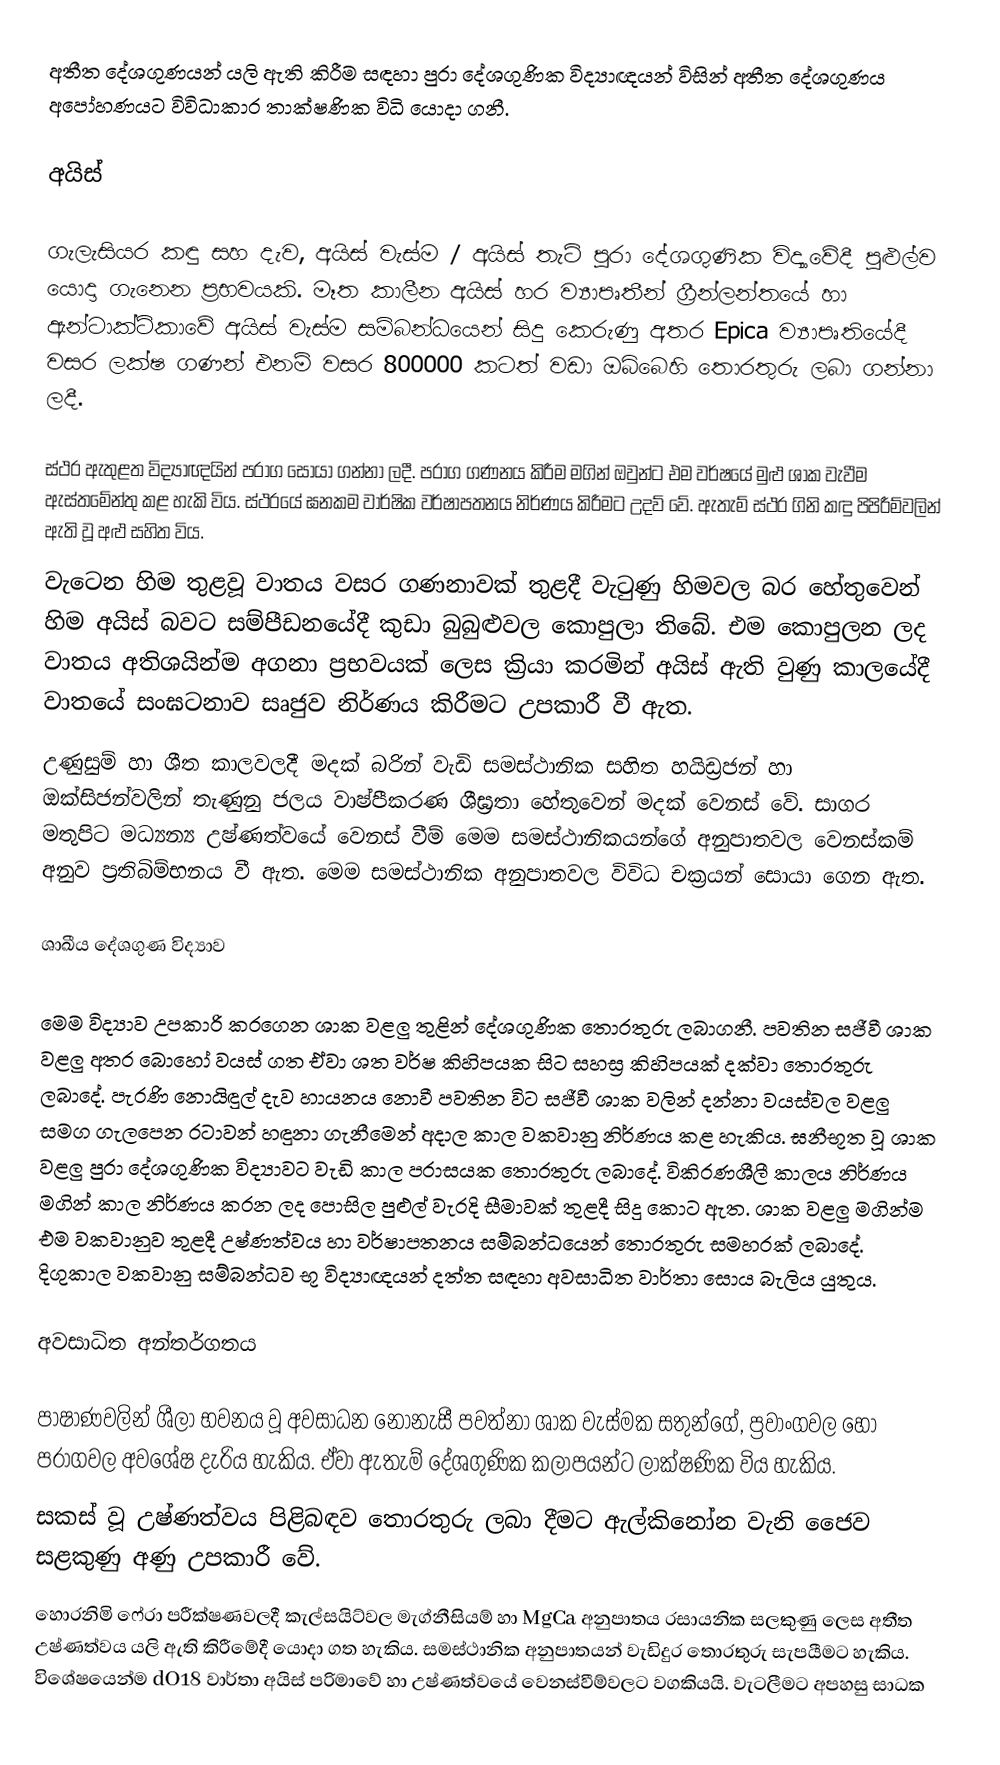
අතීත දේශගුණයන් යලි ඇති කිරීම සඳහා පුරා දේශගුණික විද්‍යාඥයන් විසින් අතීත දේශගුණය අපෝහණයට විවිධාකාර තාක්ෂණික විධි යොදා ගනී.

අයිස්

ගැලැසියර කඳු සහ දැව, අයිස් වැස්ම / අයිස් තැටි පුරා දේශගුණික විද්‍යාවේදී පුළුල්ව යොදා ගැනෙන ප්‍රභවයකි. මෑත කාලීන අයිස් හර ව්‍යාපෘතීන් ග්‍රීන්ලන්තයේ හා ඇන්ටාක්ටිකාවේ අයිස් වැස්ම සම්බන්ධයෙන් සිදු කෙරුණු අතර Epica ව්‍යාපෘතියේදී වසර ලක්ෂ ගණන් එනම් වසර 800000 කටත් වඩා ඔබ්බෙහි තොරතුරු ලබා ගන්නා ලදී.

ස්ථර ඇතුළත විද්‍යාඥයින් පරාග සොයා ගන්නා ලදී. පරාග ගණනය කිරීම මගින් ඔවුන්ට එම වර්ෂයේ මුළු ශාක වැවීම ඇස්තමේන්තු කළ හැකි විය. ස්ථරයේ ඝනකම වාර්ෂික වර්ෂාපතනය නිර්ණය කිරීමට උදව් වේ. ඇතැම් ස්ථර ගිනි කඳු පිපිරීම්වලින් ඇති වූ අළු සහිත විය.
 වැටෙන හිම තුළවූ වාතය වසර ගණනාවක් තුළදී වැටුණු හිමවල බර හේතුවෙන් හිම අයිස් බවට සම්පීඩනයේදී කුඩා බුබුළුවල කොපුලා තිබේ. එම කොපුලන ලද වාතය අතිශයින්ම අගනා ප්‍රභවයක් ලෙස ක්‍රියා කරමින් අයිස් ඇති වුණු කාලයේදී වාතයේ සංඝටනාව සෘජුව නිර්ණය කිරීමට උපකාරී වී ඇත.
 උණුසුම් හා ශීත කාලවලදී මදක් බරින් වැඩි සමස්ථානික සහිත හයිඩ්‍රජන් හා ඔක්සිජන්වලින් තැණුනු ජලය වාෂ්පීකරණ ශීඝ්‍රතා හේතුවෙන් මදක් වෙනස් වේ. සාගර මතුපිට මධ්‍යන්‍ය උෂ්ණත්වයේ වෙනස් වීම් මෙම සමස්ථානිකයන්ගේ අනුපාතවල වෙනස්කම් අනුව ප්‍රතිබිම්භනය වී ඇත. මෙම සමස්ථානික අනුපාතවල විවිධ චක්‍රයන් සොයා ගෙන ඇත.

ශාඛීය දේශගුණ විද්‍යාව

මෙම විද්‍යාව උපකාරි කරගෙන ශාක වළලු තුළින් දේශගුණික තොරතුරු ලබාගනී. පවතින සජීවී ශාක වළලු අතර බොහෝ වයස් ගත ඒවා ශත වර්ෂ කිහිපයක සිට සහස්‍ර කිහිපයක් දක්වා තොරතුරු ලබාදේ. පැරණි නොයිඳුල් දැව හායනය නොවී පවතින විට සජීවී ශාක වලින් දන්නා වයස්වල වළලු සමග ගැලපෙන රටාවන් හඳුනා ගැනීමෙන් අදාල කාල වකවානු නිර්ණය කළ හැකිය. ඝනීභූත වූ ශාක වළලු පුරා දේශගුණික විද්‍යාවට වැඩි කාල පරාසයක තොරතුරු ලබාදේ. විකිරණශීලී කාලය නිර්ණය මගින් කාල නිර්ණය කරන ලද පොසිල පුළුල් වැරදි සීමාවක් තුළදී සිදු කොට ඇත. ශාක වළලු මගින්ම එම වකවානුව තුළදී උෂ්ණත්වය හා වර්ෂාපතනය සම්බන්ධයෙන් තොරතුරු සමහරක් ලබාදේ. දිගුකාල වකවානු සම්බන්ධව භූ විද්‍යාඥයන් දත්ත සඳහා අවසාධිත වාර්තා සොය බැලිය යුතුය.

අවසාධිත අන්තර්ගතය

පාෂාණවලින් ශීලා භවනය වූ අවසාධන නොනැසී පවත්නා ශාක වැස්මක සතුන්ගේ, ප්‍රවාංගවල හෝ පරාගවල අවශේෂ දැරිය හැකිය. ඒවා ඇතැම් දේශගුණික කලාපයන්ට ලාක්ෂණික විය හැකිය.
සකස් වූ උෂ්ණත්වය පිළිබඳව තොරතුරු ලබා දීමට ඇල්කිනෝන වැනි ජෛව සළකුණු අණු උපකාරී වේ.
 හොරනිමි ෆේරා පරීක්ෂණවලදී කැල්සයිට්වල මැග්නීසියම් හා MgCa අනුපාතය රසායනික සලකුණු ලෙස අතීත උෂ්ණත්වය යලි ඇති කිරීමේදී යොදා ගත හැකිය. සමස්ථානික අනුපාතයන් වැඩිදුර තොරතුරු සැපයීමට හැකිය. විශේෂයෙන්ම dO18 වාර්තා අයිස් පරිමාවේ හා උෂ්ණත්වයේ වෙනස්වීම්වලට වගකියයි. වැටලීමට අපහසු සාධක